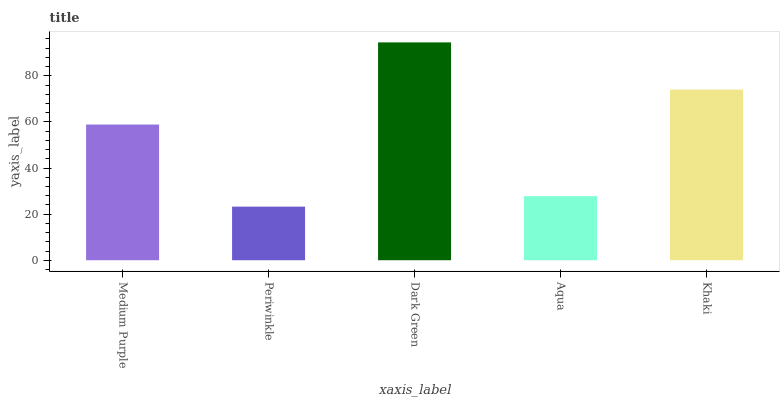
| xaxis_label | bars |
 | --- | --- |
 | Medium Purple | 58.9 |
 | Periwinkle | 23.3 |
 | Dark Green | 94.5 |
 | Aqua | 27.8 |
 | Khaki | 74.1 |